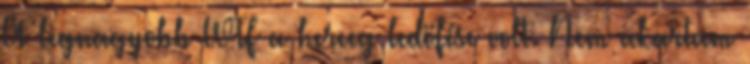
A legnagyobb WTF a herceg ledöfése volt. Nem akartam